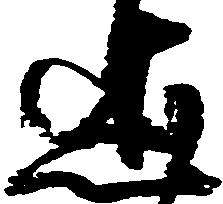
述